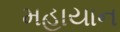
મહાયાન